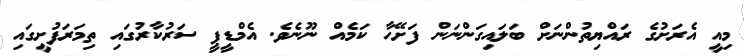
މިއީ އެރަށުގެ ރައްޔިތުންނަށް ބަލައިގަންނަން ފަށޭހާ ކަމެއް ނޫނެވެ. އެމްޑީޕީ ސަރުކާރުގައި ތިމަރަފުށީގައި